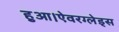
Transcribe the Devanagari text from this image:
हुआ।ऐवरग्लेड्स